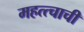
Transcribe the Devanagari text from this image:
महत्त्चाची